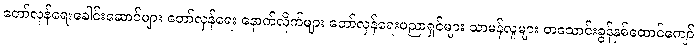
တော်လှန်ရေးခေါင်းဆောင်များ တော်လှန်ရေး နောက်လိုက်များ တော်လှန်ရေးပညာရှင်များ သာမန်လူများ တသောင်းခွန်နှစ်ထောင်ကျော်